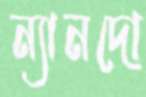
ন্যানদো